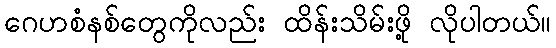
ဂေဟစံနစ်တွေကိုလည်း ထိန်းသိမ်းဖို့ လိုပါတယ်။